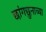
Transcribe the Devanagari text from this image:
छांगछुनाच्या